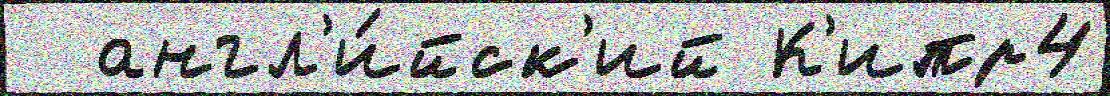
  англ'и́йск'ий К'ипр4